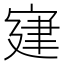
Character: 𡩌